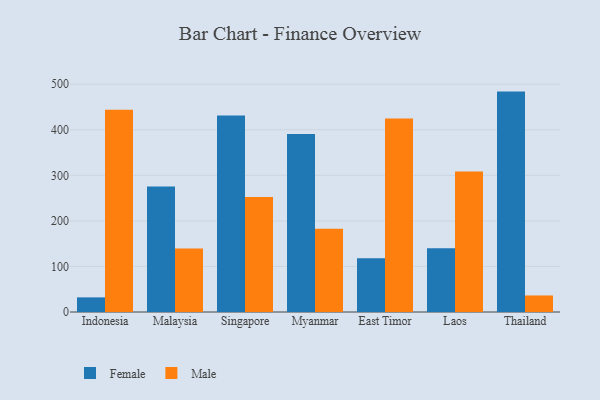
{"axis": {"x": "Country", "y": "Budget (USD K)"}, "legend": ["Female", "Male"], "data": [{"x": "Indonesia", "y": 32.1, "type": "Female"}, {"x": "Indonesia", "y": 443.9, "type": "Male"}, {"x": "Malaysia", "y": 275.5, "type": "Female"}, {"x": "Malaysia", "y": 139.6, "type": "Male"}, {"x": "Singapore", "y": 431.5, "type": "Female"}, {"x": "Singapore", "y": 252.6, "type": "Male"}, {"x": "Myanmar", "y": 390.5, "type": "Female"}, {"x": "Myanmar", "y": 182.7, "type": "Male"}, {"x": "East Timor", "y": 118.2, "type": "Female"}, {"x": "East Timor", "y": 424.9, "type": "Male"}, {"x": "Laos", "y": 140.0, "type": "Female"}, {"x": "Laos", "y": 308.5, "type": "Male"}, {"x": "Thailand", "y": 483.8, "type": "Female"}, {"x": "Thailand", "y": 36.3, "type": "Male"}]}